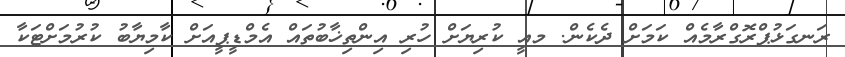
ރަނގަޅުޕްރޮގްރާމެއް ކަމަށް ދެކެން. މއީ ކުރިޔަށް ހުރި އިންތިޚާބުތައް އެމްޑީޕީއަށް ކާމިޔާބު ކުރުމަށްޓަކާ